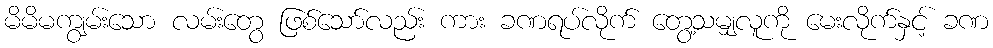
မိမိမကျွမ်းသော လမ်းတွေ ဖြစ်သော်လည်း ကား ခဏရပ်လိုက် တွေ့သမျှလူကို မေးလိုက်နှင့် ခဏ